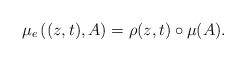
LaTeX: \begin{align*} \mu_e\left((z,t),A\right)=\rho(z,t)\circ\mu(A). \end{align*}